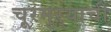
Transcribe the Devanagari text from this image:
चूरमुऱ्याची